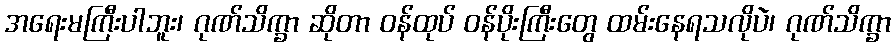
အရေးမကြီးပါဘူး၊ ဂုဏ်သိက္ခာ ဆိုတာ ဝန်ထုပ် ဝန်ပိုးကြီးတွေ ထမ်းနေရသလိုပဲ၊ ဂုဏ်သိက္ခာ